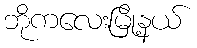
ဘိုကလေးမြို့နယ်